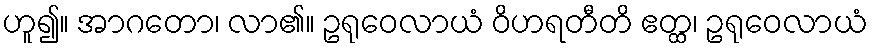
ဟူ၍။ အာဂတော၊ လာ၏။ ဥရုဝေလာယံ ဝိဟရတီတိ ဧတ္ထ၊ ဥရုဝေလာယံ